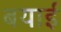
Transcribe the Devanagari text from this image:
बयाई